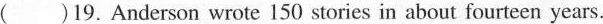
( )19. Anderson wrote 150 stories in about fourteen years.